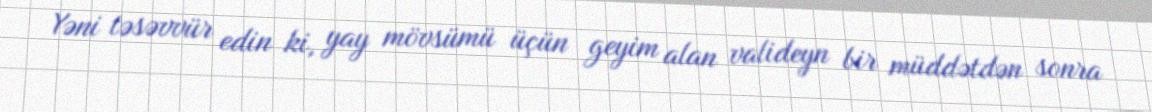
Yəni təsəvvür edin ki, yay mövsümü üçün geyim alan valideyn bir müddətdən sonra